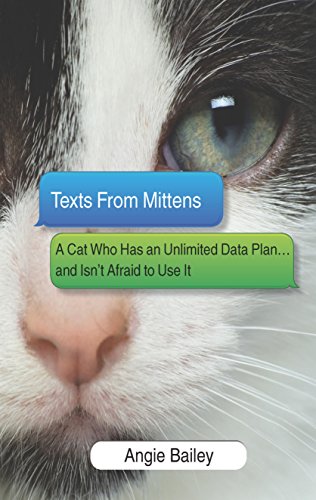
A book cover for Texts From Mittens: A Cat Who Has an Unlimited Data Plan...and Isn't Afraid to Use It; Angie Bailey; Humor & Entertainment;